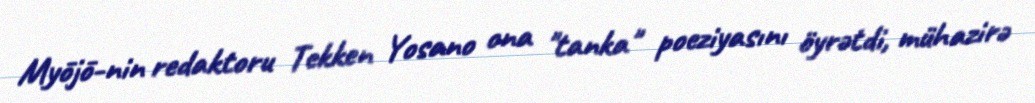
Myōjō-nin redaktoru Tekken Yosano ona "tanka" poeziyasını öyrətdi, mühazirə